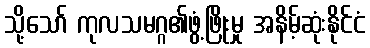
သို့သော် ကုလသမဂ္ဂ၏ဖွံ့ဖြိုးမှု အနိမ့်ဆုံးနိုင်ငံ